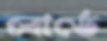
বোর্ডে